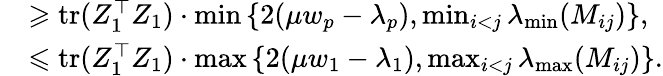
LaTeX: \begin{array}{rl}&{\geqslant\mathrm{tr}(Z_{1}^{\top}Z_{1})\cdot\operatorname*{min}\left\{ 2(\mu w_{p}-\lambda_{p}),\operatorname*{min}_{i<j}\lambda_{\operatorname*{min}}(M_{ij})\right\} ,}\\ &{\leqslant\mathrm{tr}(Z_{1}^{\top}Z_{1})\cdot\operatorname*{max}\left\{ 2(\mu w_{1}-\lambda_{1}),\operatorname*{max}_{i<j}\lambda_{\operatorname*{max}}(M_{ij})\right\} .}\end{array}